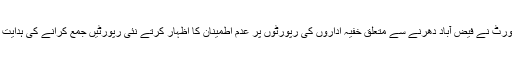
سپریم کورٹ نے فیض آباد دھرنے سے متعلق خفیہ اداروں کی رپورٹوں پر عدم اطمینان کا اظہار کرتے نئی رپورٹیں جمع کرانے کی ہدایت کی ہے۔